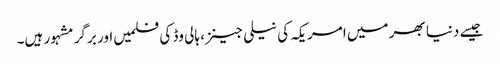
جیسے دنیا بھر میں امریکہ کی نیلی جینز، ہالی وڈ کی فلمیں اور برگر مشہور ہیں۔